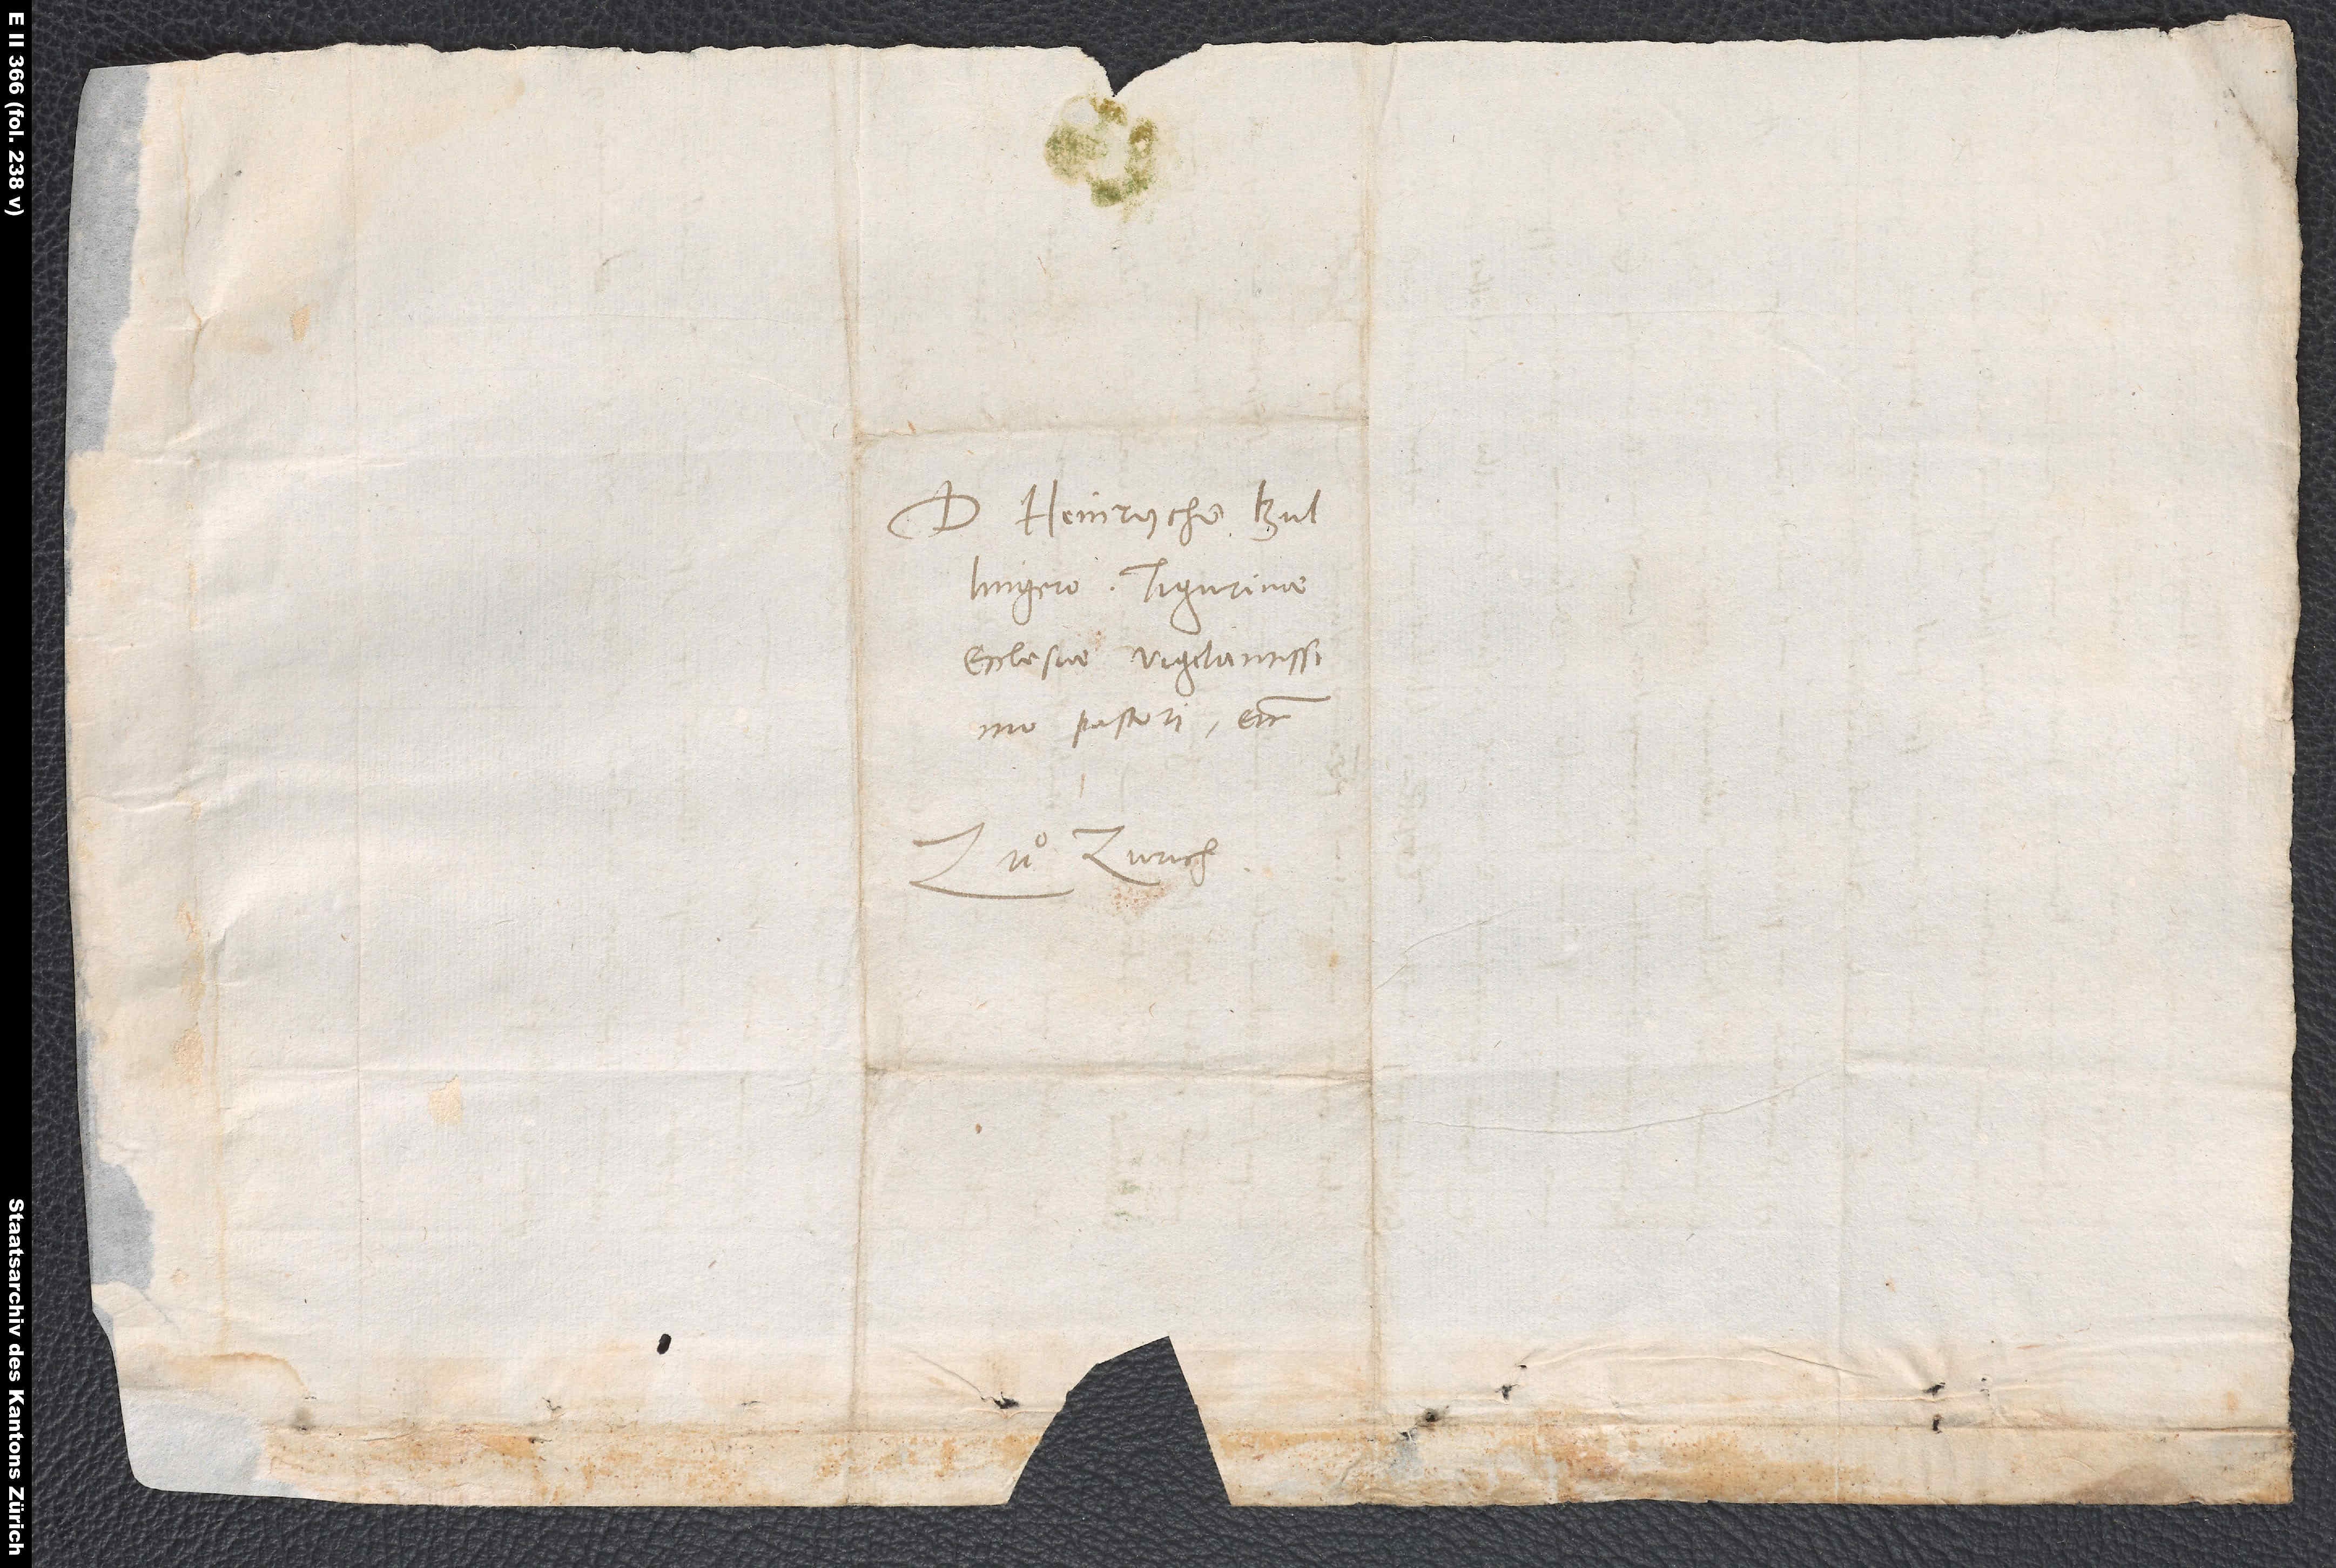
D. Heinrycho
Bullingero, Tigurinae
ecclesiae vigilantissimo
pastori, etc.
Zuͦ Zurich.
S.